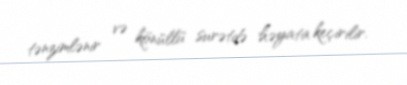
tənzimlənir və könüllü surətdə həyata keçirilir.